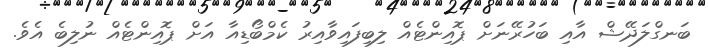
ބަނގްލަދޭޝް އާއި ބަހުރޭނަށް ޕޮއިންޓެއް ލިބިފައިވާއިރު ކެމްބޯޑިއާ އަށް ޕޮއިންޓެއް ނުލިބެ އެވެ.